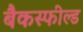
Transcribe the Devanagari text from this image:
बैकस्फील्ड